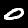
Digit: 0